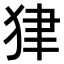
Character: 𤝽